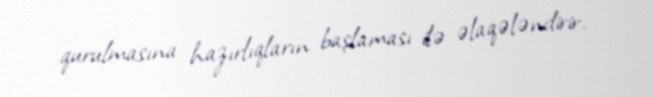
qurulmasına hazırlıqların başlaması ilə əlaqələndirir.